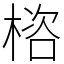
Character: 㮞